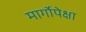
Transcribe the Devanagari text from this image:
मार्गोपेक्षा